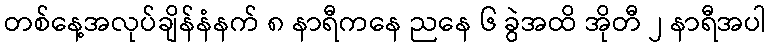
တစ်နေ့အလုပ်ချိန်နံနက် ၈ နာရီကနေ ညနေ ၆ ခွဲအထိ အိုတီ ၂ နာရီအပါ